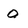
Character: O